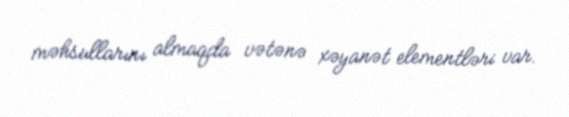
məhsullarını almaqda vətənə xəyanət elementləri var.